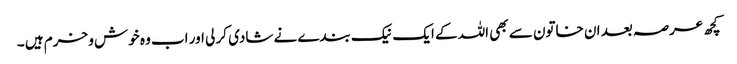
کچھ عرصہ بعد ان خاتون سے بھی اللہ کے ایک نیک بندے نے شادی کر لی اور اب وہ خوش و خرم ہیں ۔